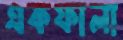
একফালা